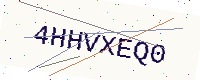
Text: 4HHVXEQ0